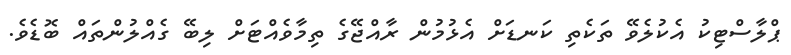
ޕްލާސްޓިކު އެކުލެވޭ ތަކެތި ކަނޑަށް އެޅުމުން ރާއްޖޭގެ ތިމާވެއްޓަށް ލިބޭ ގެއްލުންތައް ބޮޑެވެ.